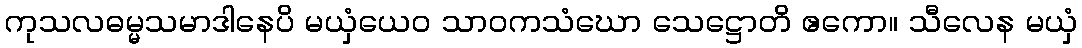
ကုသလဓမ္မသမာဒါနေပိ မယှံယေဝ သာဝကသံဃော သေဋ္ဌောတိ ဧကော။ သီလေန မယှံ